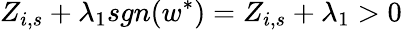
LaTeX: Z_{i,s}+\lambda_{1}sgn(w^{\ast})=Z_{i,s}+\lambda_{1}>0